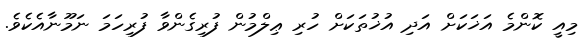
މިއީ ކޮންމެ އަޚަކަށް އަދި އުޚުތަކަށް ހުރި ޢިލްމުން ފުރިގެންވާ ފުރިހަމަ ނަމޫނާއެކެވެ.